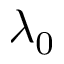
\lambda _ { 0 }